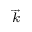
\scriptstyle { \overrightarrow { k } }